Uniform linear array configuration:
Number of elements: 64
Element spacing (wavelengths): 1
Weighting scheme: hann
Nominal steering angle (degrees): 0
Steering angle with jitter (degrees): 1.293
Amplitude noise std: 0.05
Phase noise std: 0.05

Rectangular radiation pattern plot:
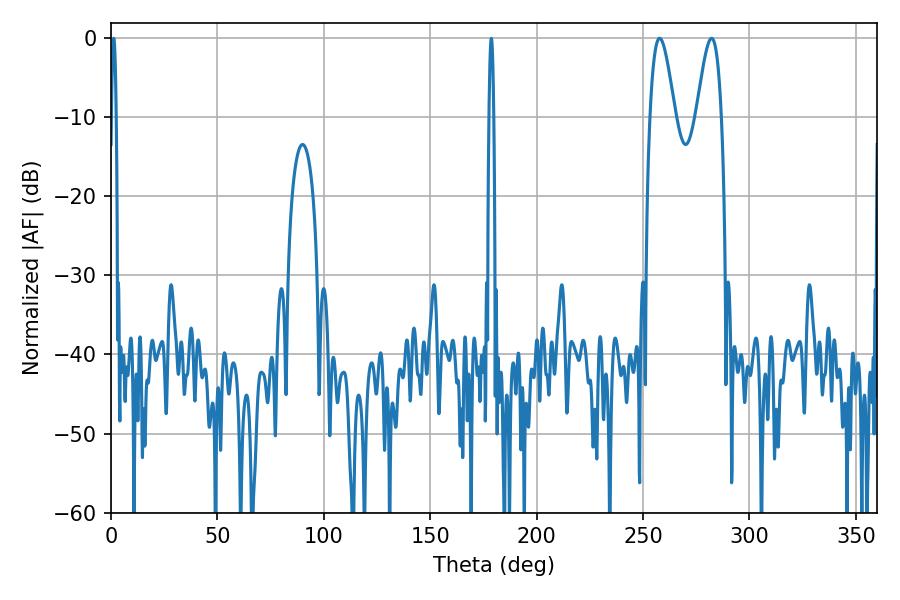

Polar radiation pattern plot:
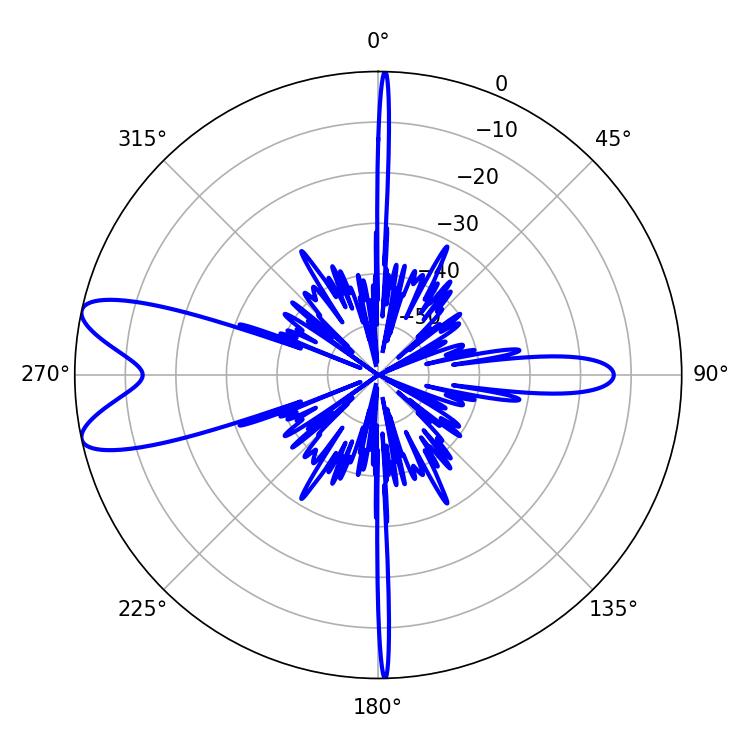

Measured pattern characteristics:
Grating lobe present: TRUE
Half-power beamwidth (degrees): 6.3
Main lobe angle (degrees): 257.76